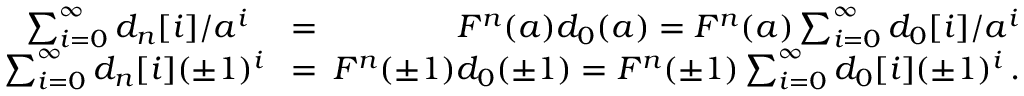
\begin{array} { r l r } { \sum _ { i = 0 } ^ { \infty } d _ { n } [ i ] / a ^ { i } } & { { } = } & { F ^ { n } ( a ) d _ { 0 } ( a ) = F ^ { n } ( a ) \sum _ { i = 0 } ^ { \infty } d _ { 0 } [ i ] / a ^ { i } } \\ { \sum _ { i = 0 } ^ { \infty } d _ { n } [ i ] ( \pm 1 ) ^ { i } \! \! \! } & { { } = } & { \! \! \! F ^ { n } ( \pm 1 ) d _ { 0 } ( \pm 1 ) = F ^ { n } ( \pm 1 ) \sum _ { i = 0 } ^ { \infty } d _ { 0 } [ i ] ( \pm 1 ) ^ { i } \, . } \end{array}